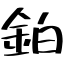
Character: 鉑